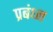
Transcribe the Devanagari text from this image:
प्रबंध्न